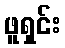
ဖူရှင်း